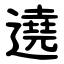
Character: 遶